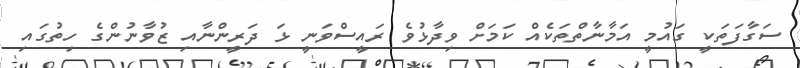
ސަގާފަތަކީ ގައުމީ އަމާނާތްތަކެއް ކަމަށް ވިދާޅުވެ ރައީސްވަނީ ޅަ ދަރީންނާއި ޒުވާނުންގެ ހިތުގައި